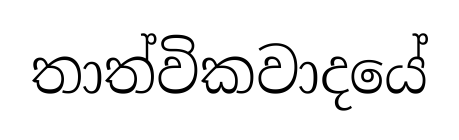
තාත්විකවාදයේ